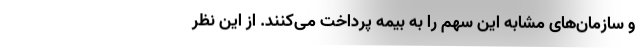
و سازمان‌های مشابه این سهم را به بیمه پرداخت می‌کنند. از این نظر